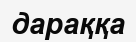
дараққа